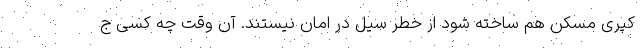
کپری مسکن هم ساخته شود از خطر سیل در امان نیستند. آن وقت چه کسی ج